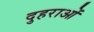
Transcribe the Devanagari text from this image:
दुहराओं